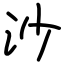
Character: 沙